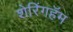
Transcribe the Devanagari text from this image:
शेरिंगहॅम